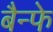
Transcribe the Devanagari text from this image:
बैन्फे